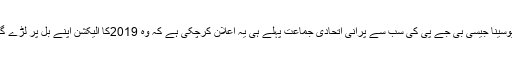
شیوسینا جیسی بی جے پی کی سب سے پرانی اتحادی جماعت پہلے ہی یہ اعلان کرچکی ہے کہ وہ 2019کا الیکشن اپنے بل پر لڑے گی۔